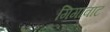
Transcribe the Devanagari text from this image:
गिगावाट